Leaving Certificate Examination, 1909
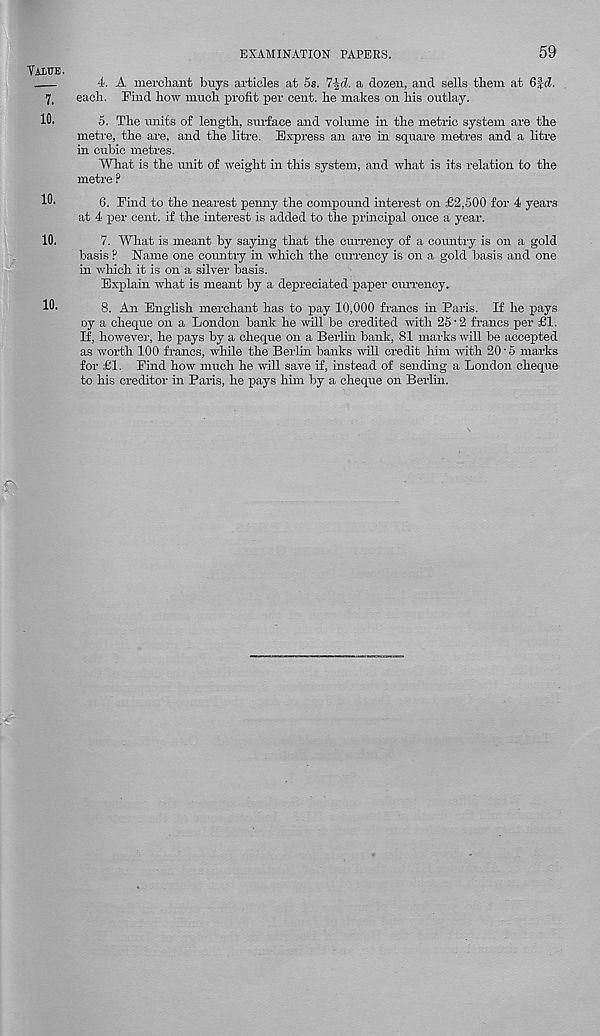
EXAMINATION PAPERS.
5&
4. A merchant buys articles at 5s. 7-|c£. a dozen, and sells them at 6Jd.
each. Find how much profit per cent, he makes on his outlay.
5. The units of length, surface and volume in the metric system are the
metre, the are, and the litre. Express an are in square metres and a litre
in cubic metres.
What is the unit of weight in this system, and what is its relation to the
metre ?
6. Find to the nearest penny the compound interest on £2,500 for 4 years
at 4 per cent, if the interest is added to the principal once a year.
7. What is meant by saying that the currency of a country is on a gold
basis ? Name one country in which the currency is on a gold basis and one
in which it is on a silver basis.
Explain what is meant by a depreciated paper currency.
8. An English merchant has to pay 10,000 francs in Paris. If he pays
oy a cheque on a London bank he will be credited with 25’2 francs per £1.
If, however, he pays by a cheque on a Berlin bank, 81 marks will be accepted
as worth 100 francs, while the Berlin banks will credit him with 20 • 5 marks
for £1. Find how much he will save if, instead of sending a London cheque
to his creditor in Paris, he pays him by a cheque on Berlin.